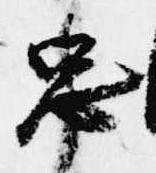
忠